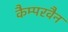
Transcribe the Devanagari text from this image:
कैम्परवैन